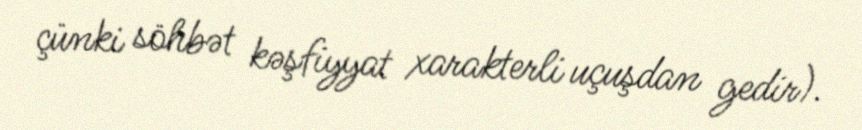
çünki söhbət kəşfiyyat xarakterli uçuşdan gedir).